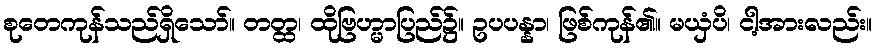
စုတေကုန်သည်ရှိသော်။ တတ္ထ၊ ထိုဗြဟ္မာပြည်၌။ ဥပပန္နာ၊ ဖြစ်ကုန်၏။ မယှံပိ၊ ငါ့အားလည်း။